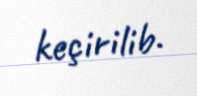
keçirilib.